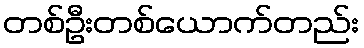
တစ်ဦးတစ်ယောက်တည်း